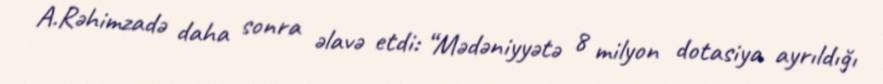
A.Rəhimzadə daha sonra əlavə etdi: “Mədəniyyətə 8 milyon dotasiya ayrıldığı